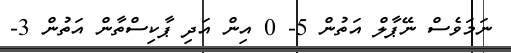
ނަމަވެސް ނޭޕާލް އަތުން 5- 0 އިން އަދި ޕާކިސްތާން އަތުން 3-